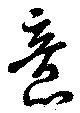
意